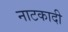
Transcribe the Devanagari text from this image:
नाटकादी